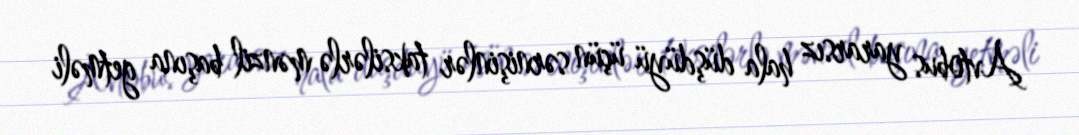
Avtobus yararsız hala düşdüyü üçün sərnişinlər taksilərlə mənzil başına getməli